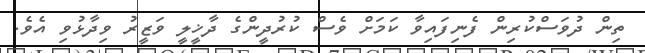
ތިން ދުވަސްކުރިން ފެނިފައިވާ ކަމަށް ވެސް ކުރުދީންގެ ދާޚީލީ ވަޒީރު ވިދާޅުވި އެވެ.